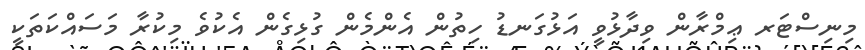
މިނިސްޓަރ ޢިމްރާން ވިދާޅުވީ އަޅުގަނޑު ހިތުން އެންމެން ގުޅިގެން އެކުވެ މިކުރާ މަސައްކަތަކީ